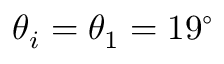
\theta _ { i } = \theta _ { 1 } = 1 9 ^ { \circ }